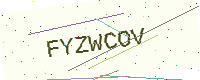
Text: FYZWCOV